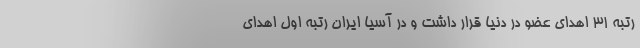
رتبه ۳۱ اهدای عضو در دنیا قرار داشت و در آسیا ایران رتبه اول اهدای